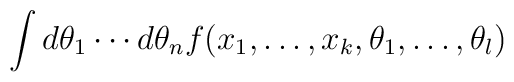
\int d\theta_{1}\cdots d\theta_{n} f(x_{1}, \ldots, x_{k}, \theta_{1}, \ldots, \theta_{l})